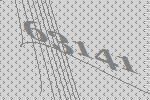
63141